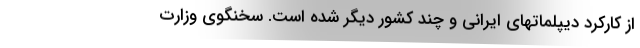
از کارکرد دیپلماتهای ایرانی و چند کشور دیگر شده است. سخنگوی وزارت